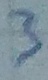
Text: 3